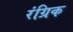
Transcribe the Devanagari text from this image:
रंग्रिक